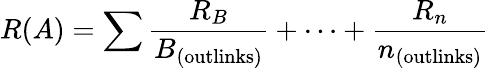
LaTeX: R(A)=\sum{\frac{R_{B}}{B_{\mathrm{(outlinks)}}}}+\cdots+{\frac{R_{n}}{n_{\mathrm{(outlinks)}}}}